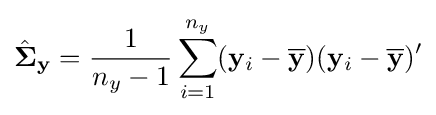
{\hat {\mathbf {\Sigma } }}_{\mathbf {y} }={\frac {1}{n_{y}-1}}\sum _{i=1}^{n_{y}}(\mathbf {y} _{i}-{\overline {\mathbf {y} }})(\mathbf {y} _{i}-{\overline {\mathbf {y} }})'